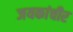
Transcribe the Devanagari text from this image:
जयकांचीर